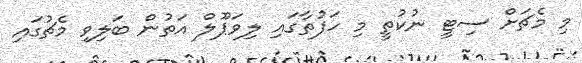
މި މެޗަށް ސިޓީ ނުކުތީ މި ހަފުތާގައި ލިވަޕޫލް އަތުން ބަލިވި މެޗުގައި